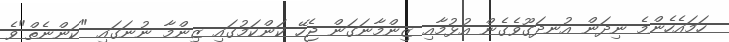
ހަމައެހެންމެ ނިދަން އުނދަގޫވެގެން އުޅުމާއި ޒިންމާނަގަން ޖެހޭ ކަންކަމުގައި ޒިންމާ ނުނަގައި "ކަންނެތް"ވެ